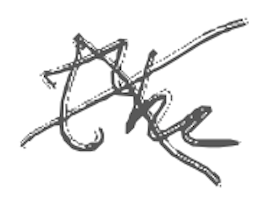
Text: the
Cross-out: cross
Writing tool: digital_gray